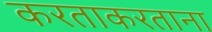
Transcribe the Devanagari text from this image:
करताकरताना